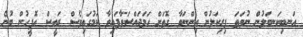
އަނބިކަނބަލުން ނުވަތަ ފިރިކަލުން އިންނަވާ ގޮތަށް ހަމަޖައްސަވާފައިވާ ކަމުގައިވެސް ރައީސް އޮފީހުން ބުނެ